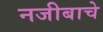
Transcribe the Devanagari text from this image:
नजीबाचे